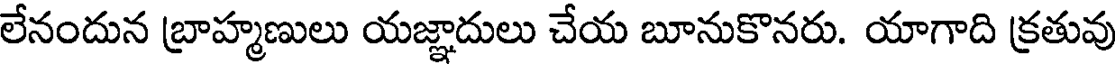
లేనందున బ్రాహ్మణులు యజ్ఞాదులు చేయ బూనుకొనరు. యాగాది క్రతువు